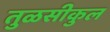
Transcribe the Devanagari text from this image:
तुळसीकुल